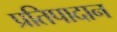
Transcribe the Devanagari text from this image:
प्रतिपादान